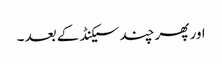
اور پھر چند سیکنڈ کے بعد ۔